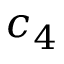
c _ { 4 }